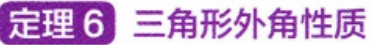
定理 6 三角形外角性质